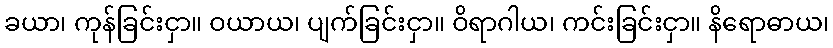
ခယာ၊ ကုန်ခြင်းငှာ။ ဝယာယ၊ ပျက်ခြင်းငှာ။ ဝိရာဂါယ၊ ကင်းခြင်းငှာ။ နိရောဓာယ၊